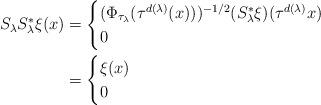
LaTeX: \begin{align*} S_\lambda S_\lambda^* \xi(x) &= \begin{cases} (\Phi_{\tau_\lambda}(\tau^{d(\lambda)}(x)))^{-1/2} ( S_\lambda^* \xi)(\tau^{d(\lambda)}x)\\ 0\quad\quad\quad\end{cases} \\ &= \begin{cases} \xi(x)\quad \\ 0\quad\quad\quad\end{cases}\end{align*}